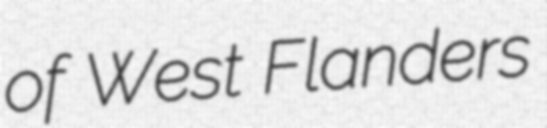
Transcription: of West Flanders